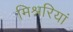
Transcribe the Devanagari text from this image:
मिश्नरियां